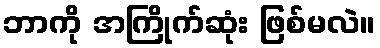
ဘာကို အကြိုက်ဆုံး ဖြစ်မလဲ။